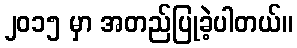
၂၀၁၅ မှာ အတည်ပြုခဲ့ပါတယ်။